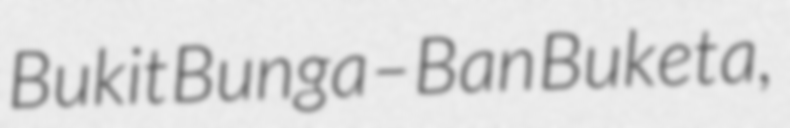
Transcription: Bukit Bunga–Ban Buketa,